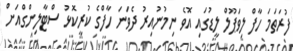
ފުރަތަމަ ހާފް ލިވަޕޫލް ލީޑުގައި އޮވެ ނިމުނުއިރު ދެވަނަ ހާފްގެ ކުރީކޮޅު ސްޓާލިންގްއަށް